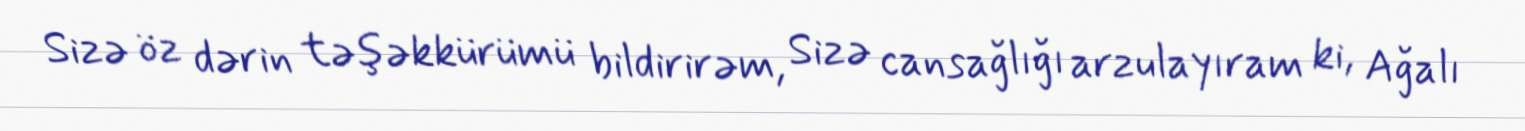
Sizə öz dərin təşəkkürümü bildirirəm, Sizə cansağlığı arzulayıram ki, Ağalı